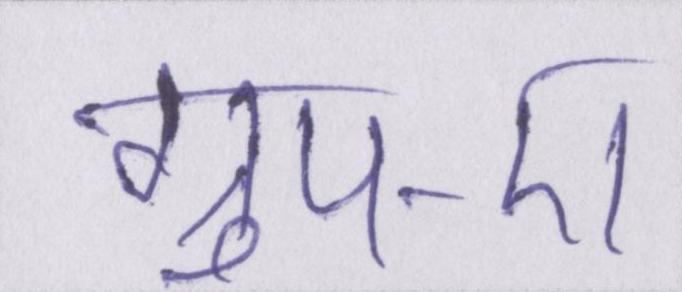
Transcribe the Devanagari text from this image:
ग्रुप-ए